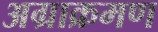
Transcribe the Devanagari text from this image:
अग्राक्रमण